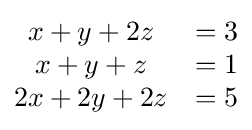
{\begin{matrix}x+y+2z&=3\\x+y+z&=1\\2x+2y+2z&=5\end{matrix}}